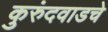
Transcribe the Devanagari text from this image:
कुरुंदवाडचे